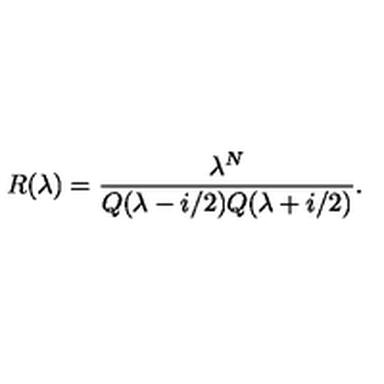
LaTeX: R ( \lambda ) = \frac { \lambda ^ { N } } { Q ( \lambda - i / 2 ) Q ( \lambda + i / 2 ) } .